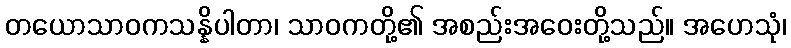
တယောသာဝကသန္နိပါတာ၊ သာဝကတို့၏ အစည်းအဝေးတို့သည်။ အဟေသုံ၊